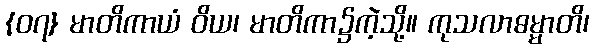
{၀၇} မာတိကာယံ ဝိယ၊ မာတိကာ၌ကဲ့သို့။ ကုသလာဓမ္မာတိ၊